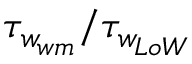
\tau _ { w _ { w m } } / \tau _ { w _ { L o W } }